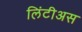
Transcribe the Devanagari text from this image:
लिंटीअस